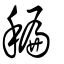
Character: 稨